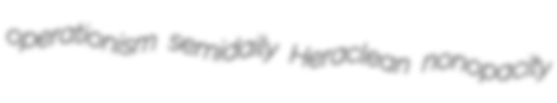
operationism semidaily Heraclean nonopacity